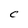
Character: C